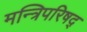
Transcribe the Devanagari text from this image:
मन्त्रिपरिषद्